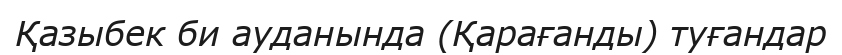
Қазыбек би ауданында (Қарағанды) туғандар